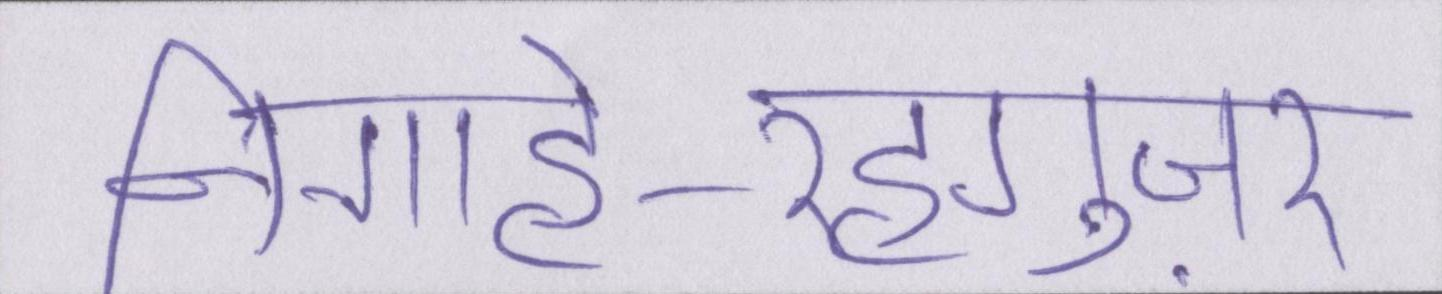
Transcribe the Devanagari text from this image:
निगाहे-रहगुज़र